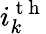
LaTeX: i_{k}^{\mathrm{~t~h~}}